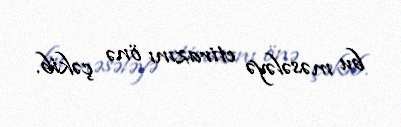
bu məsələyə etirazını önə çəkib.